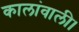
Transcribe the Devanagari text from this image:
कालांवाली।